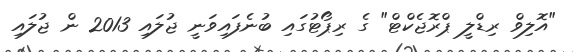
"އޮލިވް ރިޑްލީ ޕްރޮޖެކްޓް" ގެ ރިޕޯޓުގައި ބުނެފައިވަނީ ޖުލައި 2013 ން ޖުލައި